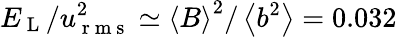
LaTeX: E_{\mathrm{~L~}}/u_{\mathrm{~r~m~s~}}^{2}\simeq\left\langle{B}\right\rangle^{2}/\left\langle{b^{2}}\right\rangle=0.032